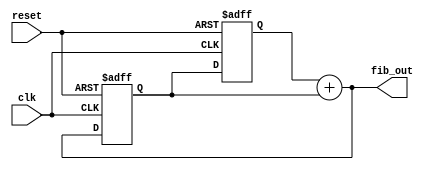
// This program was cloned from: https://github.com/FPGADude/Digital-Design
// License: GNU General Public License v3.0

`timescale 1ns / 1ps

// Parameterized Fibonacci sequence generator
// Authored by David J Marion

module fibonacci
    #(parameter W = 16)
    (
    input clk,
    input reset,
    output [W-1:0] fib_out
    );
    
    reg [W-1:0] num1, num2;
    
    always @(posedge clk or negedge reset) begin
        if(~reset) begin
            num1 <= 0;
            num2 <= 1;
        end
        else begin
            num1 <= num2;
            num2 <= fib_out;
        end
    end
    
    assign fib_out = num1 + num2;
    
endmodule